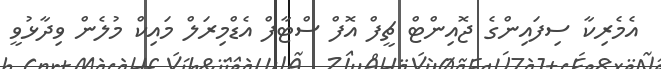
އެމެރިކާ ސިފައިންގެ ޖޮއިންޓް ޗީފް އޮފް ސްޓާފް އެޑްމިރަލް މައިކް މުލެން ވިދާޅުވީ